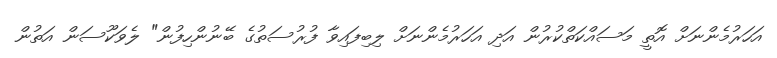
އަހަރުމެންނަށް އޮތީ މަސައްކަތްކުރުން އަދި އަހަރުމެންނަށް ލިބިފައިވާ ފުރުސަތުގެ ބޭނުންހިފުން" ލެވަކޫސަން އަތުން